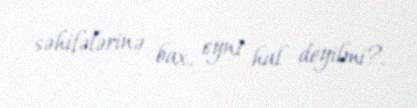
səhifələrinə bax, eyni hal deyilmi?.